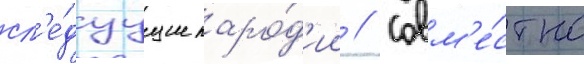
сл'е́дуущие паро́д'ии // Совм'е́стно